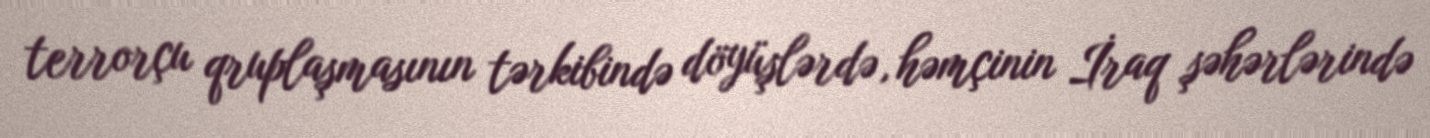
terrorçu qruplaşmasının tərkibində döyüşlərdə, həmçinin İraq şəhərlərində